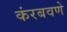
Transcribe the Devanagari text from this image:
कंरबवणे